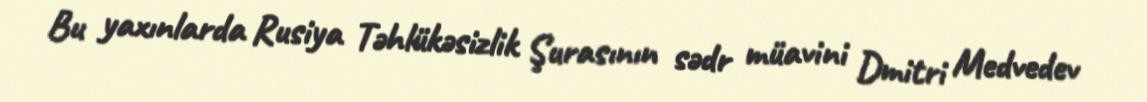
Bu yaxınlarda Rusiya Təhlükəsizlik Şurasının sədr müavini Dmitri Medvedev